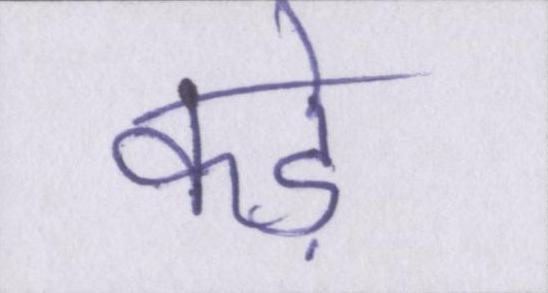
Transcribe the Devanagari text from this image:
कड़े